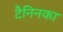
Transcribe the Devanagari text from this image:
टैनिनका